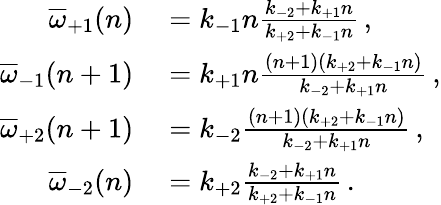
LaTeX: \begin{array}{rl}{\overline{{\omega}}_{+1}(n)}&{{}=k_{-1}n\frac{k_{-2}+k_{+1}n}{k_{+2}+k_{-1}n}\, ,}\\ {\overline{{\omega}}_{-1}(n+1)}&{{}=k_{+1}n\frac{(n+1)(k_{+2}+k_{-1}n)}{k_{-2}+k_{+1}n}\, ,}\\ {\overline{{\omega}}_{+2}(n+1)}&{{}=k_{-2}\frac{(n+1)(k_{+2}+k_{-1}n)}{k_{-2}+k_{+1}n}\, ,}\\ {\overline{{\omega}}_{-2}(n)}&{{}=k_{+2}\frac{k_{-2}+k_{+1}n}{k_{+2}+k_{-1}n}\, .}\end{array}